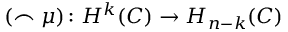
( \frown \mu ) \colon H ^ { k } ( C ) \to H _ { n - k } ( C )